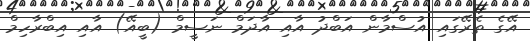
އޭގެ ތެރޭގައި އުސްމާން އަބްދު އާއި އާދަމް ނަސީމް (ބީއޭ) އާއި އިބްރާހިމް